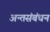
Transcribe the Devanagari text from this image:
अन्तसंबंधन